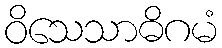
ဝိသေသာဓိဂမံ